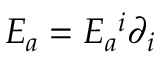
E _ { a } = E _ { a } { } ^ { i } \partial _ { i }